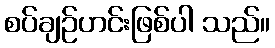
စပ်ချဉ်ဟင်းဖြစ်ပါ သည်။